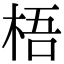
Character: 梧